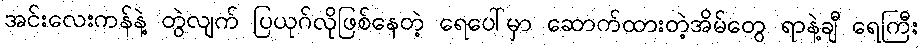
အင်းလေးကန်နဲ့ တွဲလျက် ပြယုဂ်လိုဖြစ်နေတဲ့ ရေပေါ်မှာ ဆောက်ထားတဲ့အိမ်တွေ ရာနဲ့ချီ ရေကြီး